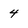
Character: 4